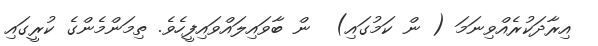
އިރާދަކުރެއްވިނަމަ ( ން ކަމުގައި)  ން ބާވައިލައްވައިފީހެވެ. ތިމަންމެންގެ ކުރީގައި